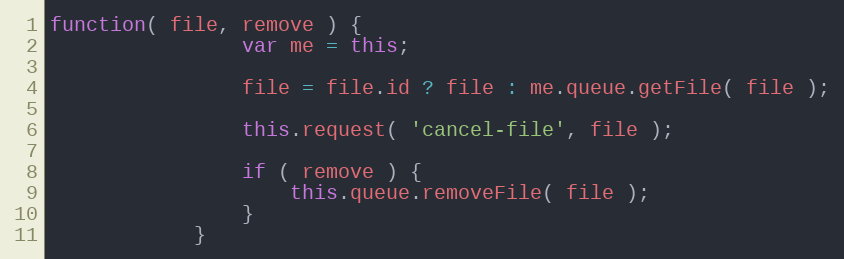
Language: JavaScript
function( file, remove ) {
                var me = this;

                file = file.id ? file : me.queue.getFile( file );

                this.request( 'cancel-file', file );

                if ( remove ) {
                    this.queue.removeFile( file );
                }
            }